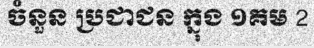
ចំនួន ប្រជាជន ក្នុង ១គម 2